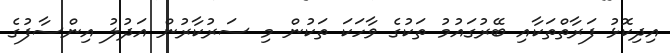
އިދިކޮޅު ފަރާތްތަކާއި ބޭރުގައުމު ތަކުގެ ވާހަކަ ތަކުން މި ސަރުކާރުން އަދުލު އިންސާފުގެ